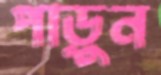
পাড়ুন